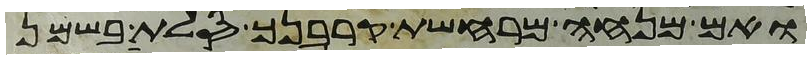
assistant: ואם מנחה מרחשת קרבנך סלת בשמן